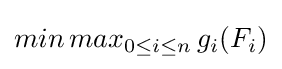
min\,max_{0\leq i\leq n}\,g_{i}(F_{i})